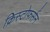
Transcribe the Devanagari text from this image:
क्रिस्टोफर्सन